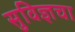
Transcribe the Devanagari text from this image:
सुविज्ञचा